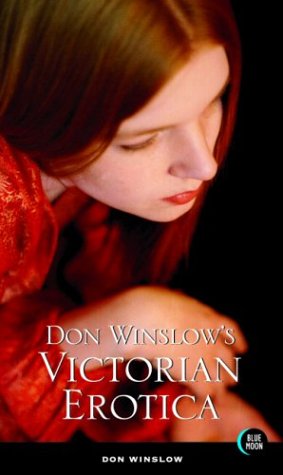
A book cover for Don Winslow's Victorian Erotica; Don Winslow; Romance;